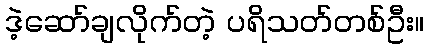
ဒဲ့ဆော်ချလိုက်တဲ့ ပရိသတ်တစ်ဦး။